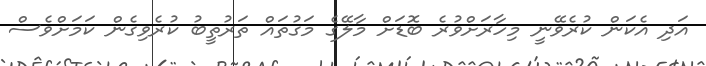
އަދި އެކަން ކުރެވޭނީ މިހާރަށްވުރެ ބޮޑަށް މާލޭގެ މަގުތައް ތަރުތީބު ކުރެވިގެން ކަމަށްވެސް